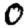
Digit: 0